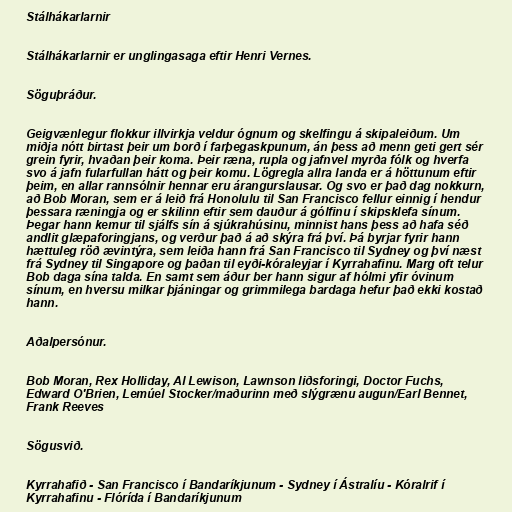
Stálhákarlarnir

Stálhákarlarnir er unglingasaga eftir Henri Vernes.

Söguþráður.

Geigvænlegur flokkur illvirkja veldur ógnum og skelfingu á skipaleiðum. Um
miðja nótt birtast þeir um borð í farþegaskpunum, án þess að menn geti gert sér
grein fyrir, hvaðan þeir koma. Þeir ræna, rupla og jafnvel myrða fólk og hverfa
svo á jafn fularfullan hátt og þeir komu. Lögregla allra landa er á höttunum eftir
þeim, en allar rannsólnir hennar eru árangurslausar. Og svo er það dag nokkurn,
að Bob Moran, sem er á leið frá Honolulu til San Francisco fellur einnig í hendur
þessara ræningja og er skilinn eftir sem dauður á gólfinu í skipsklefa sínum.
Þegar hann kemur til sjálfs sín á sjúkrahúsinu, minnist hans þess að hafa séð
andlit glæpaforingjans, og verður það á að skýra frá því. Þá byrjar fyrir hann
hættuleg röð ævintýra, sem leiða hann frá San Francisco til Sydney og því næst
frá Sydney til Singapore og þaðan til eyði-kóraleyjar í Kyrrahafinu. Marg oft telur
Bob daga sína talda. En samt sem áður ber hann sigur af hólmi yfir óvinum
sínum, en hversu milkar þjáningar og grimmilega bardaga hefur það ekki kostað
hann.

Aðalpersónur.

Bob Moran, Rex Holliday, Al Lewison, Lawnson liðsforingi, Doctor Fuchs,
Edward O'Brien, Lemúel Stocker/maðurinn með slýgrænu augun/Earl Bennet,
Frank Reeves

Sögusvið.

Kyrrahafið - San Francisco í Bandaríkjunum - Sydney í Ástralíu - Kóralrif í
Kyrrahafinu - Flórída í Bandaríkjunum